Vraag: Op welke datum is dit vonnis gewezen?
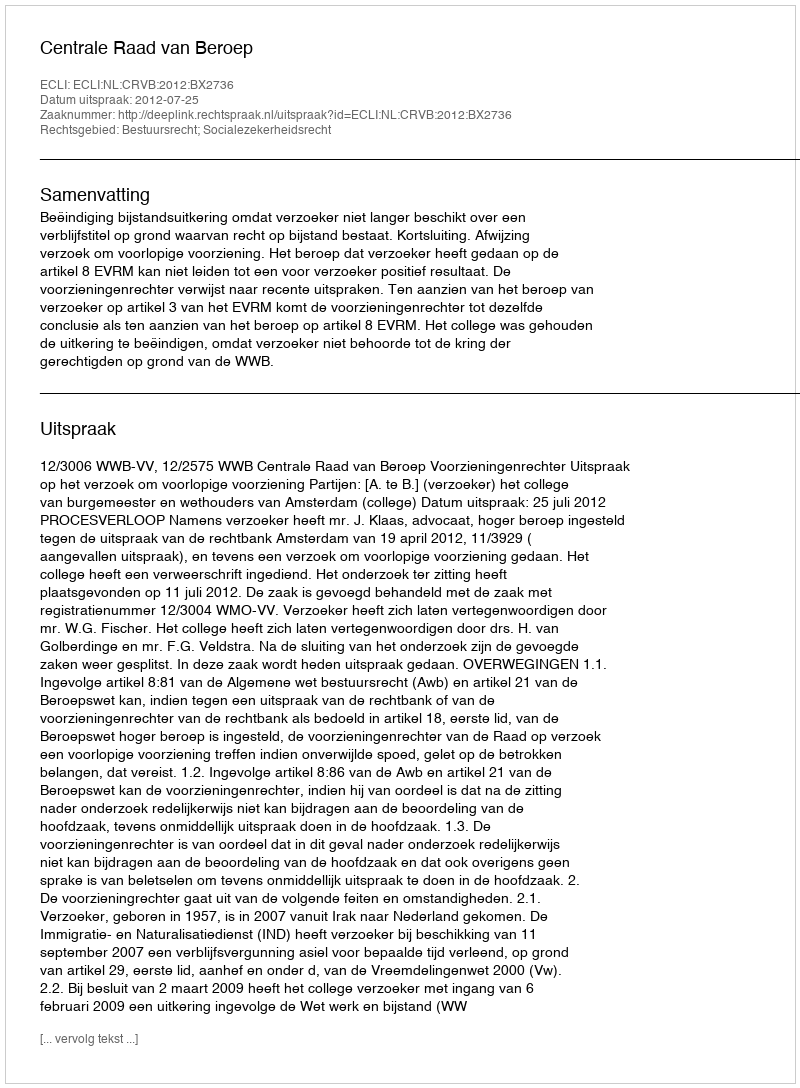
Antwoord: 2012-07-25